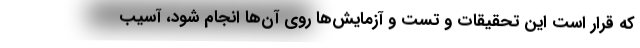
که قرار است این تحقیقات و تست و آزمایش‌ها روی آن‌ها انجام شود، آسیب